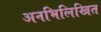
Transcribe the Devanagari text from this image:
अनभिलिखित